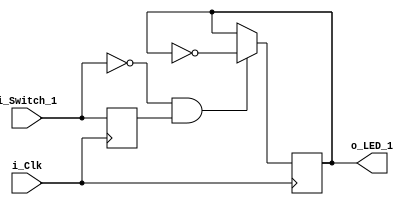
module clocked_logic(
    input i_Clk,
    input i_Switch_1,
    output o_LED_1
);
    reg r_Switch_1 = 1'b0;
    reg r_LED_1 = 1'b0;

    always @(posedge i_Clk) begin
        // Creates a register 
        r_Switch_1 <= i_Switch_1; 

        // Falling edge
       if (i_Switch_1 == 1'b0 && r_Switch_1 == 1'b1) begin 
            r_LED_1 <= ~r_LED_1;
       end
    end

    assign o_LED_1 = r_LED_1;
endmodule